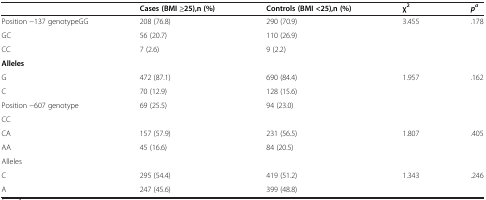
<table><thead><tr><td><b> </b></td><td><b>Cases (BMI ≥25), n (%)</b></td><td><b>Controls (BMI &lt;25), n (%)</b></td><td><b>χ<sup>2</sup></b></td><td><b><i>p</i><sup><i>a</i></sup></b></td></tr></thead><tbody><tr><td>Position −137 genotypeGG</td><td>208 (76.8)</td><td>290 (70.9)</td><td rowspan="3">3.455</td><td rowspan="3">.178</td></tr><tr><td>GC</td><td>56 (20.7)</td><td>110 (26.9)</td></tr><tr><td>CC</td><td>7 (2.6)</td><td>9 (2.2)</td></tr><tr><td><b>Alleles</b></td><td> </td><td> </td><td> </td><td> </td></tr><tr><td>G</td><td>472 (87.1)</td><td>690 (84.4)</td><td rowspan="2">1.957</td><td rowspan="2">.162</td></tr><tr><td>C</td><td>70 (12.9)</td><td>128 (15.6)</td></tr><tr><td>Position −607 genotype</td><td rowspan="2">69 (25.5)</td><td rowspan="2">94 (23.0)</td><td rowspan="2"> </td><td rowspan="2"> </td></tr><tr><td>CC</td></tr><tr><td>CA</td><td>157 (57.9)</td><td>231 (56.5)</td><td rowspan="2">1.807</td><td rowspan="2">.405</td></tr><tr><td>AA</td><td>45 (16.6)</td><td>84 (20.5)</td></tr><tr><td>Alleles</td><td> </td><td> </td><td> </td><td> </td></tr><tr><td>C</td><td>295 (54.4)</td><td>419 (51.2)</td><td>1.343</td><td>.246</td></tr><tr><td>A</td><td>247 (45.6)</td><td>399 (48.8)</td><td> </td><td> </td></tr></tbody></table>